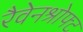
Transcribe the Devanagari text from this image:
रैवेनश्रोफ्ट